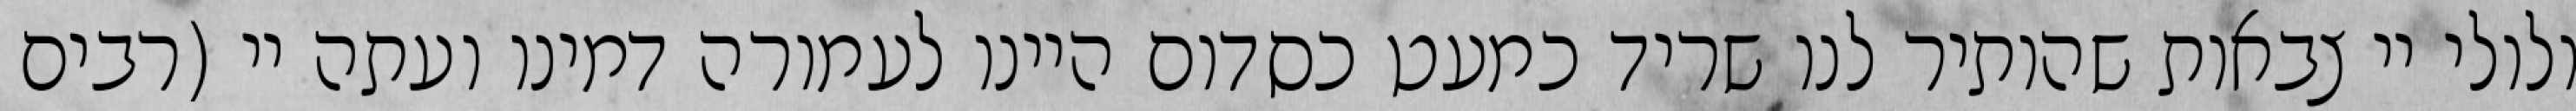
ולולי יי צבאות שהותיר לנו שריד כמעט כסדום היינו לעמורה דמינו ועתה יי (רבים